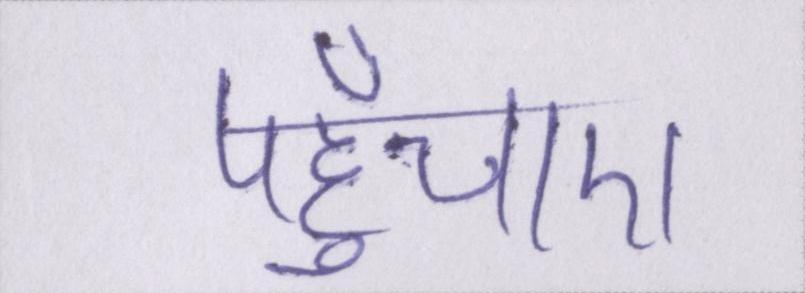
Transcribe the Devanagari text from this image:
पहुँचाए